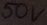
Text: 50V